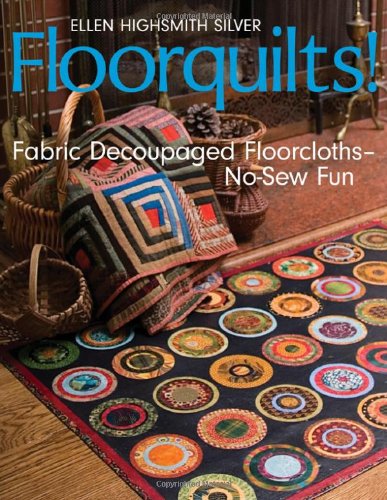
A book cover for Floorquilts!: Fabric Decoupaged Floorcloths--No-Sew Fun; Ellen Highsmith Silver; Crafts, Hobbies & Home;